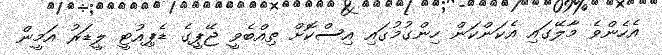
އެހެންވެ މާލޭގައި އެކަންކަން ހިންގުމުގައި އިސްކޮށް ތިއްބެވީ ޖޭޕީގެ ޑެޕިއުޓީ ލީޑަރު އަމީން